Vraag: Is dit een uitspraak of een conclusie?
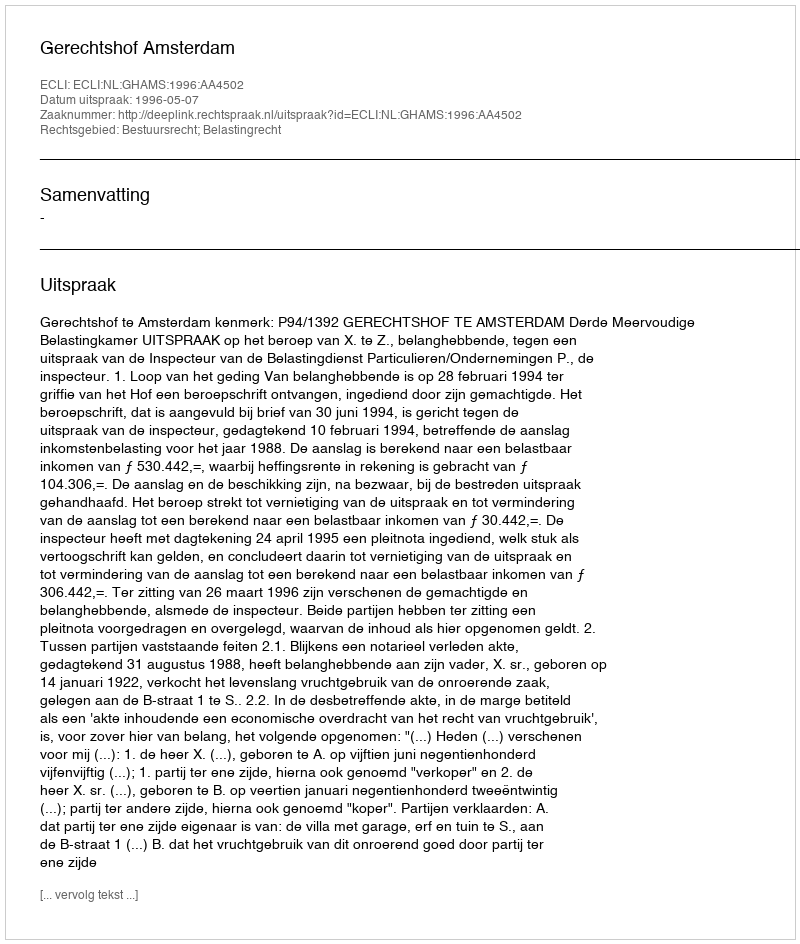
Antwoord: Uitspraak